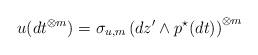
LaTeX: \begin{align*}u(dt^{\otimes m})= \sigma_{u, m}\left(dz^\prime\wedge p^\star(dt)\right)^{\otimes m}\end{align*}